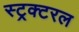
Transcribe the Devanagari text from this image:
स्ट्रक्टरल